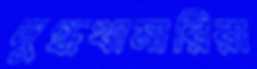
দুগ্ধখামারিরা